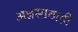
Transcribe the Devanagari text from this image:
अन्नसाठाही